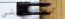
تعلميني